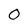
Character: 0